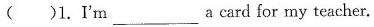
()1.I'm ___ a card for my teacher.